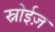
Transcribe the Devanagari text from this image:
स्नोईज़